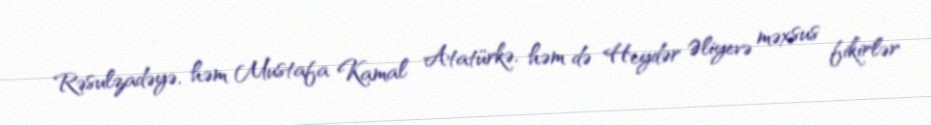
Rəsulzadəyə, həm Mustafa Kamal Atatürkə, həm də Heydər Əliyevə məxsus fikirlər